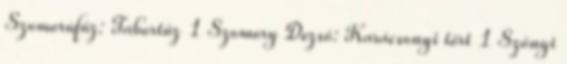
Szomorúfűz: Tábortűz 1 Szomory Dezső: Karácsonyi tört 1 Szőnyi